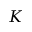
K